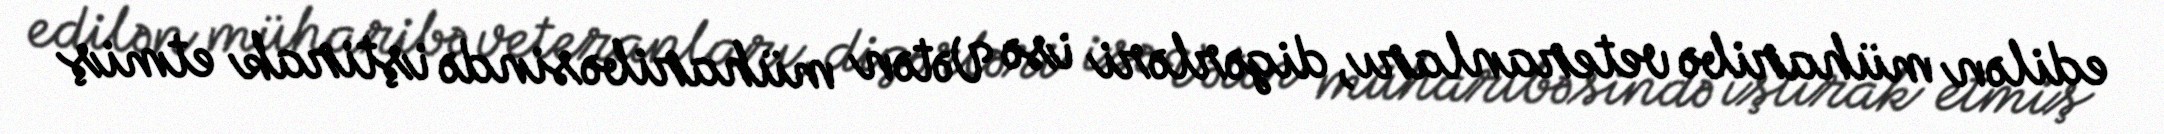
edilən müharibə veteranları, digərləri isə Vətən müharibəsində iştirak etmiş